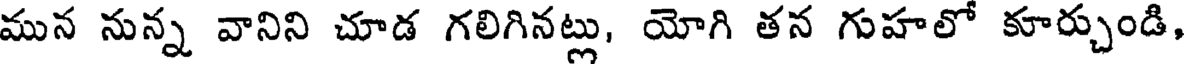
మున నున్న వానిని చూడ గలిగినట్లు, యోగి తన గుహలో కూర్చుండి,